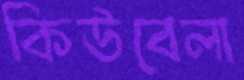
কিউবেলা